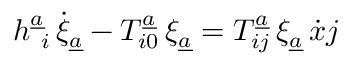
h _ { \ i } ^ { \underline { { { a } } } } \, \dot { \xi } _ { \underline { { { a } } } } - T _ { i 0 } ^ { \underline { { { a } } } } \, \xi _ { \underline { { { a } } } } = T _ { i j } ^ { \underline { { { a } } } } \, \xi _ { \underline { { { a } } } } \, { \dot { x } j }